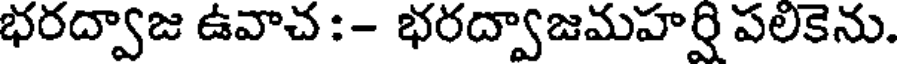
భరద్వాజ ఉవాచ :- భరద్వాజమహర్షి పలికెను.